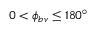
0 < \phi _ { b v } \le 1 8 0 ^ { \circ }